Elephants and their diseases
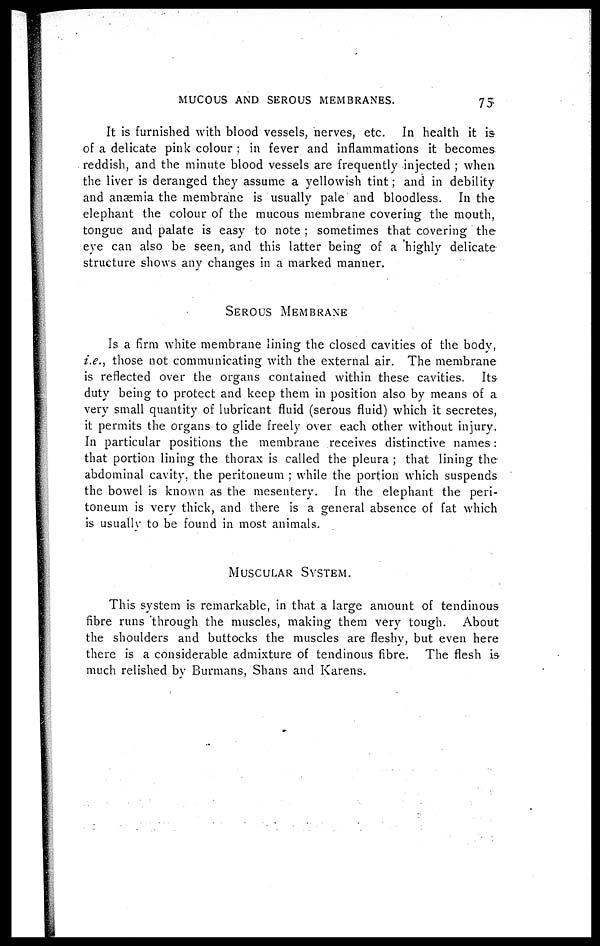
MUCOUS AND SEROUS MEMBRANES.
75
It is furnished with blood vessels, nerves, etc. In health it is-
of a delicate pink colour ; in fever and inflammations it becomes,
reddish, and the minute blood vessels are frequently injected ; when,
the liver is deranged they assume a yellowish tint; and in debility
and anæmia the membrane is usually pale and bloodless. In the
elephant the colour of the mucous membrane covering the mouth,
tongue and palate is easy to note ; sometimes that covering the
eye can also be seen, and this latter being of a highly delicate-
structure shows any changes in a marked manner.
SEROUS
MEMBRANE
Is a firm white membrane lining the closed cavities of the body,
i.e., those not communicating with the external air. The membrane
is reflected over the organs contained within these cavities. Its
duty being to protect and keep them in position also by means of a
very small quantity of lubricant fluid (serous fluid) which it secretes,
it permits the organs to glide freely over each other without injury.
In particular positions the membrane receives distinctive names:
that portion lining the thorax is called the pleura ; that lining the
abdominal cavity, the peritoneum ; while the portion which suspends
the bowel is known as the mesentery. In the elephant the peri¬
toneum is very thick, and there is a general absence of fat which
is usually to be found in most animals.
MUSCULAR
SYSTEM.
This system is remarkable, in that a large amount of tendinous
fibre runs through the muscles, making them very tough. About
the shoulders and buttocks the muscles are fleshy, but even here
there is a considerable admixture of tendinous fibre. The flesh is
much relished by Burmans, Shans and Karens.